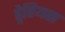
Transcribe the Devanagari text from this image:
ड्नेरियस